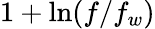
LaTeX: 1+\ln(f/f_{w})